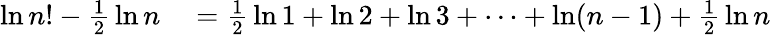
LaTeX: \begin{array}{rl}{\ln n!-{\frac{1}{2}}\ln n}&{{}={\frac{1}{2}}\ln 1+\ln 2+\ln 3+\cdots+\ln(n-1)+{\frac{1}{2}}\ln n}\end{array}